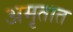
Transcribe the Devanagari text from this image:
अमृतात